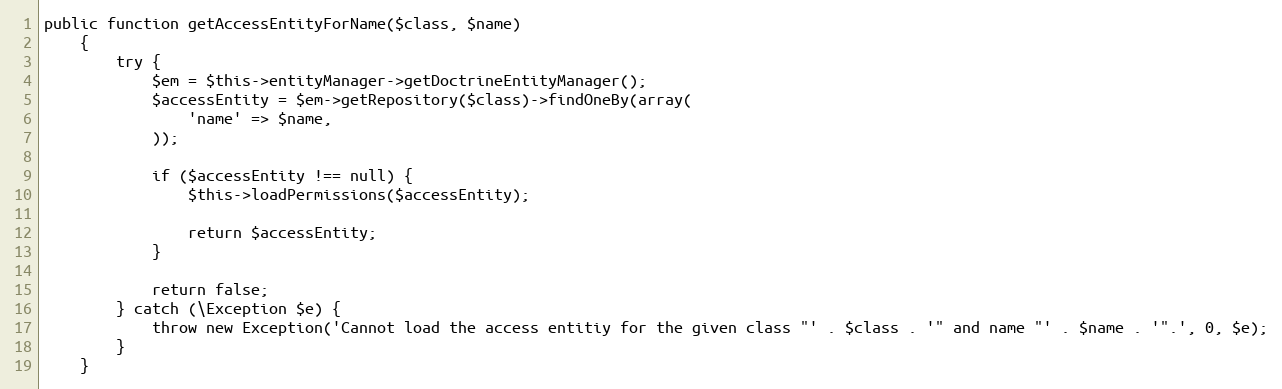
Language: PHP
public function getAccessEntityForName($class, $name)
    {
        try {
            $em = $this->entityManager->getDoctrineEntityManager();
            $accessEntity = $em->getRepository($class)->findOneBy(array(
                'name' => $name,
            ));

            if ($accessEntity !== null) {
                $this->loadPermissions($accessEntity);

                return $accessEntity;
            }

            return false;
        } catch (\Exception $e) {
            throw new Exception('Cannot load the access entitiy for the given class "' . $class . '" and name "' . $name . '".', 0, $e);
        }
    }